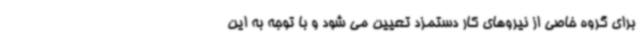
برای گروه خاصی از نیروهای کار دستمزد تعیین می شود و با توجه به این